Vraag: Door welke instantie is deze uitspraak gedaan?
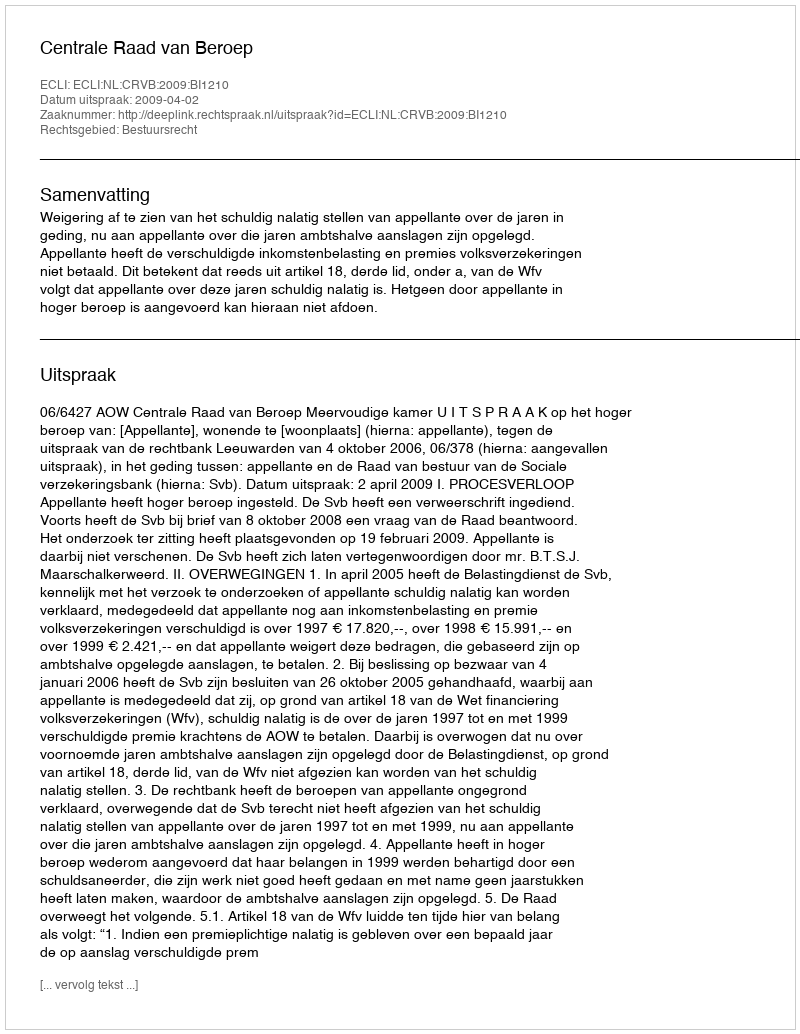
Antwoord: Centrale Raad van Beroep